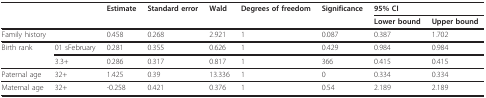
<table><thead><tr><td></td><td></td><td><b>Estimate</b></td><td><b>Standard error</b></td><td><b>Wald</b></td><td><b>Degrees of freedom</b></td><td><b>Significance</b></td><td colspan="2"><b>95% CI</b></td></tr><tr><td></td><td></td><td></td><td></td><td></td><td></td><td></td><td><b>Lower bound</b></td><td><b>Upper bound</b></td></tr></thead><tbody><tr><td colspan="2">Family history</td><td>0.458</td><td>0.268</td><td>2.921</td><td>1</td><td>0.087</td><td>0.387</td><td>1.702</td></tr><tr><td>Birth rank</td><td>01 sFebruary</td><td>0.281</td><td>0.355</td><td>0.626</td><td>1</td><td>0.429</td><td>0.984</td><td>0.984</td></tr><tr><td></td><td>3.3+</td><td>0.286</td><td>0.317</td><td>0.817</td><td>1</td><td>366</td><td>0.415</td><td>0.415</td></tr><tr><td>Paternal age</td><td>32+</td><td>1.425</td><td>0.39</td><td>13.336</td><td>1</td><td>0</td><td>0.334</td><td>0.334</td></tr><tr><td>Maternal age</td><td>32+</td><td>-0.258</td><td>0.421</td><td>0.376</td><td>1</td><td>0.54</td><td>2.189</td><td>2.189</td></tr></tbody></table>